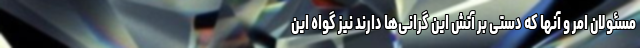
مسئولان امر و آنها که دستی بر آتش این گرانی‌ها دارند نیز گواه این